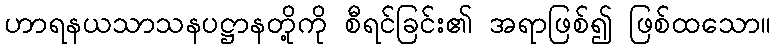
ဟာရနယသာသနပဋ္ဌာနတို့ကို စီရင်ခြင်း၏ အရာဖြစ်၍ ဖြစ်ထသော။